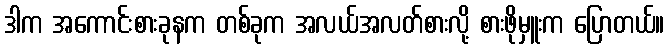
ဒါက အကောင်းစားခုနက တစ်ခုက အလယ်အလတ်စားလို့ စားဖိုမှူးက ပြောတယ်။